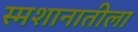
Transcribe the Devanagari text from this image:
स्मशानातीला